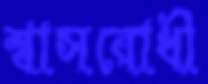
শ্বাসরোধী